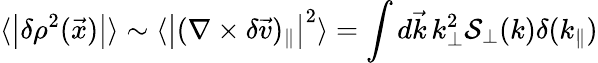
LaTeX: \langle\big|\delta\rho^{2}(\vec{x})\big|\rangle\sim\langle\big|(\nabla\times\delta\vec{v})_{\| }\big|^{2}\rangle=\int d\vec{k}\, k_{\perp}^{2}\mathcal{S}_{\perp}(k)\delta(k_{\| })